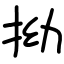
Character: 拗